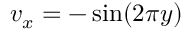
v _ { x } = - \sin ( 2 \pi y )